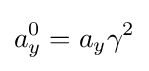
a_{y}^{0}=a_{y}\gamma ^{2}